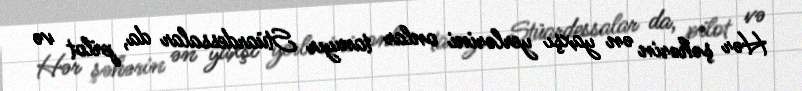
Hər şəhərin ən yaxşı yerlərini onlar tanıyır Stüardessalar da, pilot və